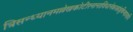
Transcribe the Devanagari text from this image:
त्रिसन्ध्यानमल्लेखकोटीरनानाविधानेकरत्नांशुबिम्बप्रभाभिः